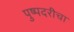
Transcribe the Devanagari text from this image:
पुष्पदरीचा